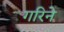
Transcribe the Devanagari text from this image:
गरिने